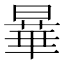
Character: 曅